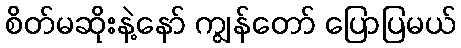
စိတ်မဆိုးနဲ့နော် ကျွန်တော် ပြောပြမယ်